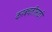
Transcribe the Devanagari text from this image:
करबचतीसाठी